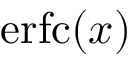
\operatorname { e r f c } ( x )